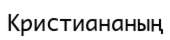
Кристиананың